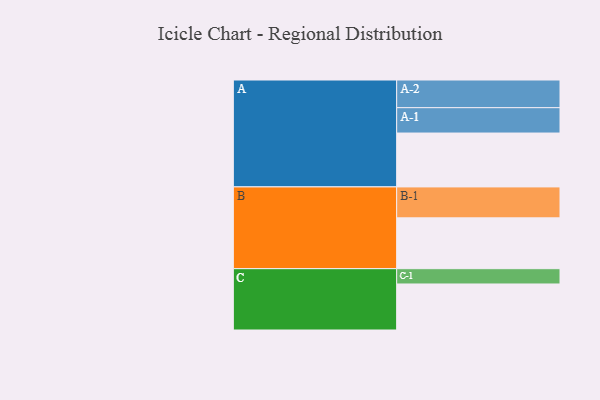
{"axis": {"x": "Segment", "y": "Value"}, "legend": ["", "A", "B", "C"], "data": [{"x": "A", "y": 514, "type": ""}, {"x": "B", "y": 485, "type": ""}, {"x": "C", "y": 439, "type": ""}, {"x": "A-1", "y": 242, "type": "A"}, {"x": "A-2", "y": 264, "type": "A"}, {"x": "B-1", "y": 295, "type": "B"}, {"x": "C-1", "y": 146, "type": "C"}]}